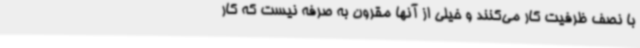
با نصف ظرفیت کار می‌کنند و خیلی از آنها مقرون به صرفه نیست که کار